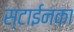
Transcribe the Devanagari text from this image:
स्टाईनका